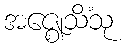
အဇ္ဈေသိံသု